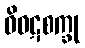
ဝိဝဋစက္ခု